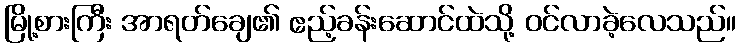
မြို့စားကြီး အာရတ်ချေ၏ ဧည့်ခန်းဆောင်ထဲသို့ ဝင်လာခဲ့လေသည်။